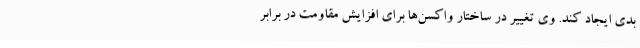
بدی ایجاد کند. وی تغییر در ساختار واکسن‌ها برای افزایش مقاومت در برابر